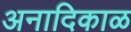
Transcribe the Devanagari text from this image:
अनादिकाळ